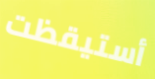
أستيقظت